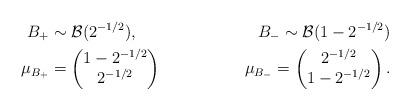
LaTeX: \begin{align*}B_+& \sim \mathcal{B}(2^{-1/2}), & B_- \sim \mathcal{B}(1-2^{-1/2})\\\mu_{B_+}& = \begin{pmatrix}1- 2^{-1/2}\\2^{-1/2}\end{pmatrix}&\mu_{B_-} = \begin{pmatrix}2^{-1/2}\\1-2^{-1/2}\end{pmatrix}.\end{align*}